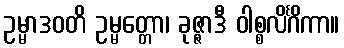
ဥမ္မာဒဝတိ ဥမ္မတ္တော၊ ခုဇ္ဇာဒီ ဝါစ္စလိင်္ဂိကာ။